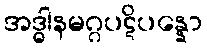
အဒ္ဓါနမဂ္ဂပဋိပန္နော